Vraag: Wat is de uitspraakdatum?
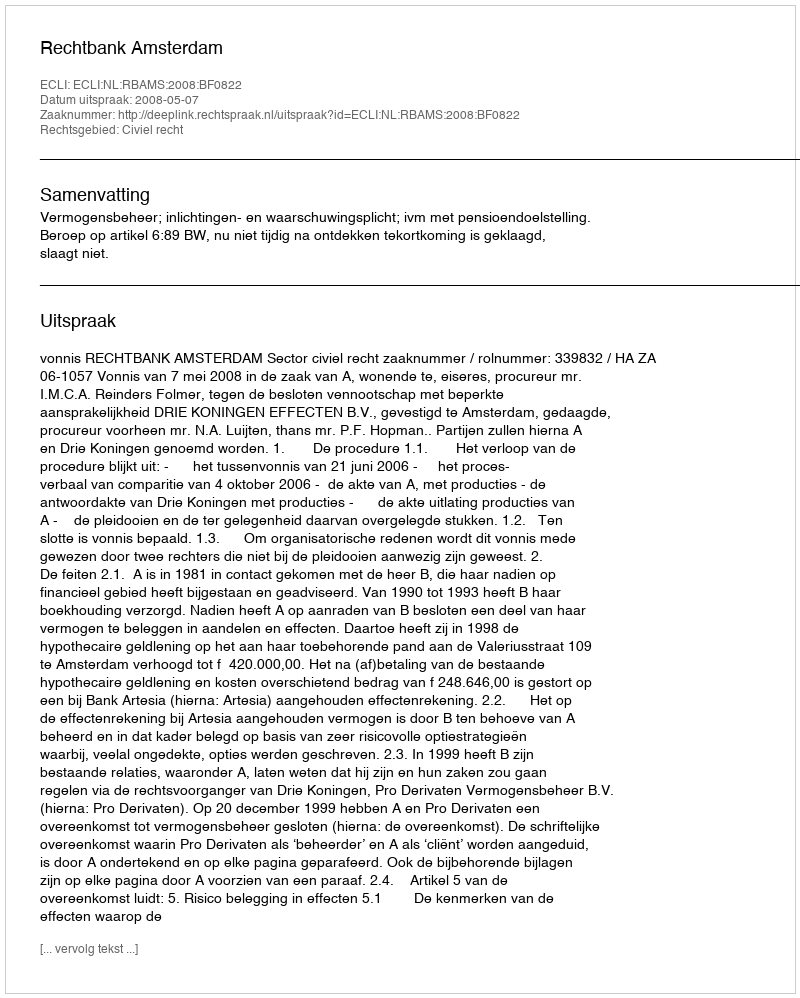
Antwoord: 2008-05-07